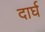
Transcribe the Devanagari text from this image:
दार्घ